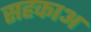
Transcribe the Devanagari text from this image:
सहकाअ